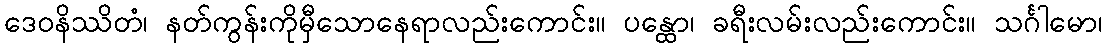
ဒေဝနိဿိတံ၊ နတ်ကွန်းကိုမှီသောနေရာလည်းကောင်း။ ပန္ထော၊ ခရီးလမ်းလည်းကောင်း။ သင်္ဂါမော၊